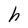
Character: h